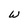
Character: W